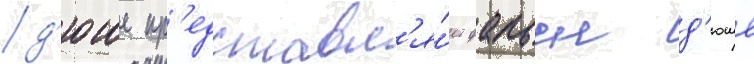
д'юше пр'едставл'я́ет фабьен д'юше